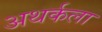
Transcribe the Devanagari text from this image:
अथर्कला